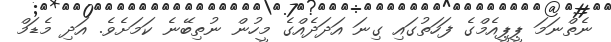
ނެތްނަމަ ޕީޕީއެމްގެ ފަހަތުގައި ގިނަ އަދަދެއްގެ މީހުން ނުތިބޭނެ ކަމަށެވެ. އަދި މެޑަމް